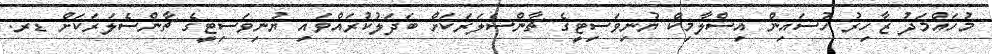
މުހައްމަދު ޒާހިރު ހުސައިން އިސްލާމިކް ޔުނިވަސިޓީގެ ޗާންސެލަރަަކަށް ބަދަލުކުރައްވައި ޔުނިވަސިޓީގެ ޗާންސެލަރަކަށް ޑރ.